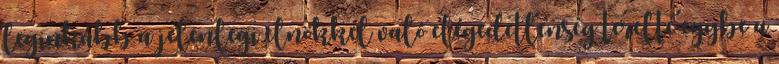
leginkább a jelenlegi elnökkel való elégedetlenség terelte egybe a